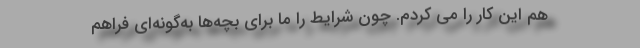
هم این کار را می کردم. چون شرایط را ما برای بچه‌ها به‌گونه‌ای فراهم